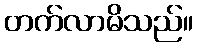
တက်လာမိသည်။